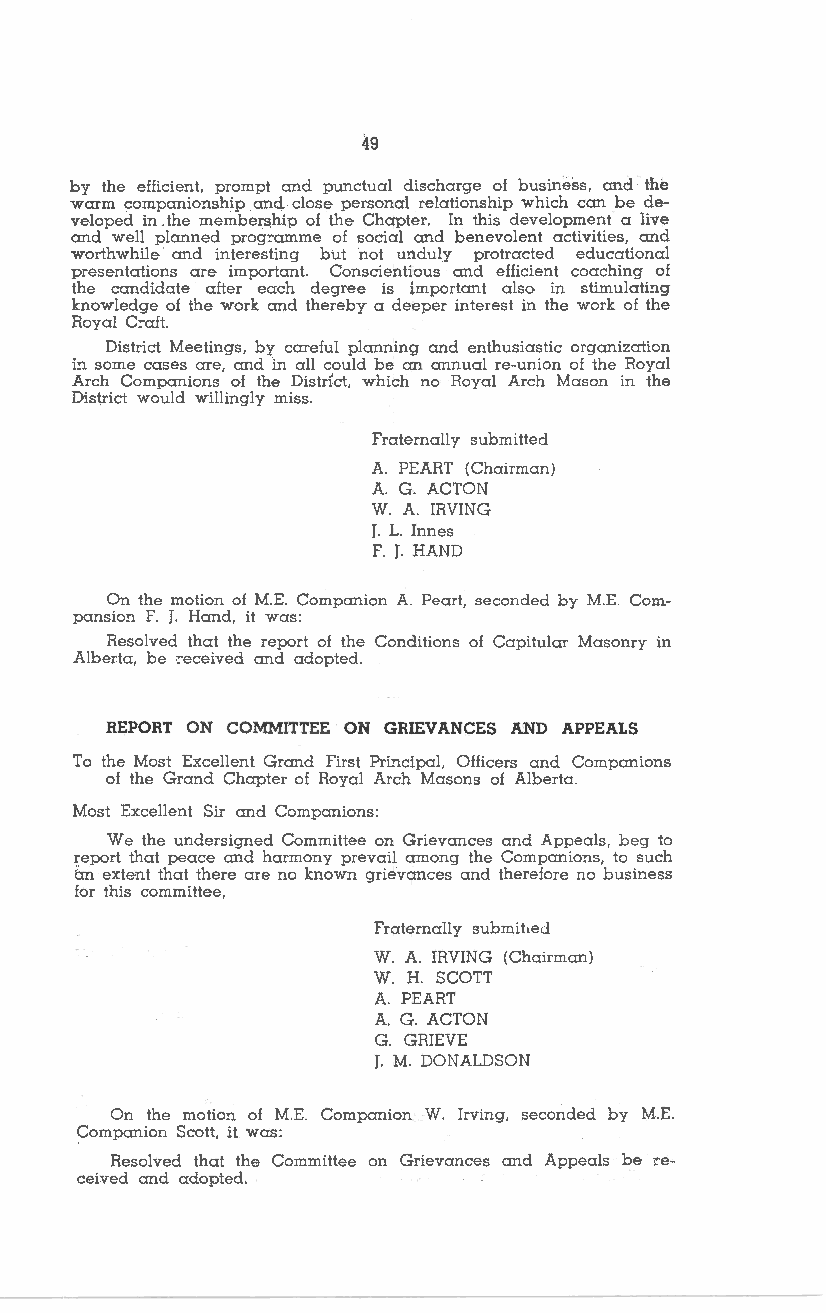
49
 by the efficient, prompt =d punctual discharge of business, =d the
 warm comp=ionship and close personal relationship which can be de
 veloped in. the membership of the Chapter. In this development a live
 and well planned prog:-amme of social and benevolent activities, and
 worthwhile =d interesting but not unduly protracted educational
 presentations are import=!. Conscientious =d efficient coaching of
 the c=didate after each degree is important also in stimulating
 knowledge of the work =d thereby a deeper interest in the work of the
 Royal C:-aft.
 District Meetings, by careful pl=ning =d enthusiastic organization
 in some cases are, and in all could be an =nual re-union of the Royal
 Arch Companions of the Distr{ct, which no Royal Arch Mason in the
 District would willingly miss.
 Fraternally submitted
 A. PEART (Chairman)
 A. G. ACTON
 W. A. IRVING
 J. L. Innes
 F. J. HAND
 On the motion of M.E. Companion A. Peart, seconded by M.E. Com
 pansion F. J. H=d. it was:
 Resolved that the report of the Conditions of Capitular Masonry in
 Alberta, be rnceived and adopted.
 REPORT ON COMMITTEE ON GRIEVANCES A:ND APPEALS
 To the Most Excellent Gr=d First Principal, Officers and Companions
 of the Grand Chapter of Royal Arch Masons of Alberta.
 Most Excellent Sir and Comp=ions:
 We the undersigned Committee on Grievances and Appeals, beg to
 report that peace and harmony prevail among the Companions, to such
 i:m extent that there are no known griev=ces and therefore no business
 for this committee,
 Fraternally submit,ed
 W. A. IRVING (Chairman)
 W. H. SCOTT
 A. PEART
 A.G. ACTON
 G. GRIEVE
 J. M. DONALDSON
 On the motion of M.E. Companion W. Irving, seconded by M.E.
 Companion Scott, it was:
 Resolved that the Committee on Grievances and Appeals be :-e
 ceived =d adopted.